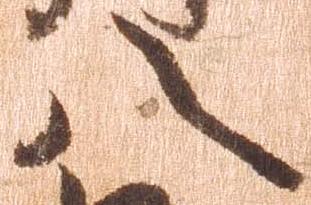
八